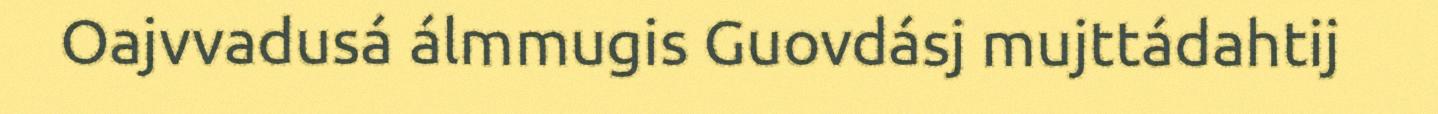
Oajvvadusá álmmugis Guovdásj mujttádahtij